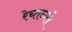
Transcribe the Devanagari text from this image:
रेच्तन्ग्ले